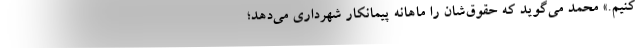
کنیم.» محمد می‌گوید که حقوق‌شان را ماهانه پیمانکار شهرداری می‌دهد؛